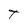
Character: T